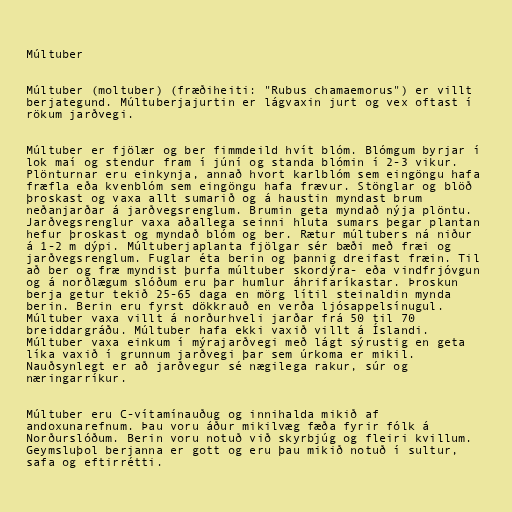
Múltuber

Múltuber (moltuber) (fræðiheiti: "Rubus chamaemorus") er villt
berjategund. Múltuberjajurtin er lágvaxin jurt og vex oftast í
rökum jarðvegi.

Múltuber er fjölær og ber fimmdeild hvít blóm. Blómgum byrjar í
lok maí og stendur fram í júní og standa blómin í 2-3 vikur.
Plönturnar eru einkynja, annað hvort karlblóm sem eingöngu hafa
fræfla eða kvenblóm sem eingöngu hafa frævur. Stönglar og blöð
þroskast og vaxa allt sumarið og á haustin myndast brum
neðanjarðar á jarðvegsrenglum. Brumin geta myndað nýja plöntu.
Jarðvegsrenglur vaxa aðallega seinni hluta sumars þegar plantan
hefur þroskast og myndað blóm og ber. Rætur múltubers ná niður
á 1-2 m dýpi. Múltuberjaplanta fjölgar sér bæði með fræi og
jarðvegsrenglum. Fuglar éta berin og þannig dreifast fræin. Til
að ber og fræ myndist þurfa múltuber skordýra- eða vindfrjóvgun
og á norðlægum slóðum eru þar humlur áhrifaríkastar. Þroskun
berja getur tekið 25-65 daga en mörg lítil steinaldin mynda
berin. Berin eru fyrst dökkrauð en verða ljósappelsínugul.
Múltuber vaxa villt á norðurhveli jarðar frá 50 til 70
breiddargráðu. Múltuber hafa ekki vaxið villt á Íslandi.
Múltuber vaxa einkum í mýrajarðvegi með lágt sýrustig en geta
líka vaxið í grunnum jarðvegi þar sem úrkoma er mikil.
Nauðsynlegt er að jarðvegur sé nægilega rakur, súr og
næringarríkur.

Múltuber eru C-vítamínauðug og innihalda mikið af
andoxunarefnum. Þau voru áður mikilvæg fæða fyrir fólk á
Norðurslóðum. Berin voru notuð við skyrbjúg og fleiri kvillum.
Geymsluþol berjanna er gott og eru þau mikið notuð í sultur,
safa og eftirrétti.